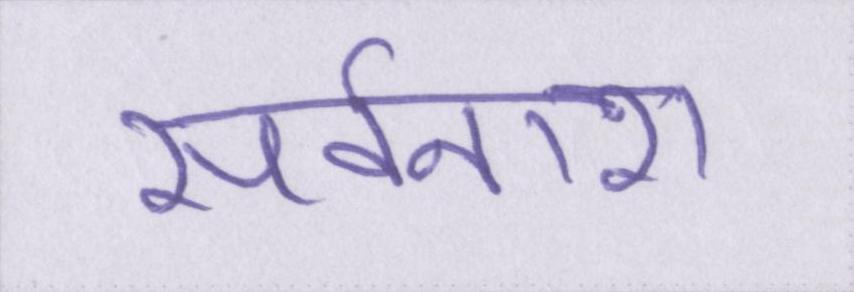
सर्वनाश